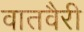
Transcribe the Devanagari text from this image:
वातवैरी